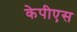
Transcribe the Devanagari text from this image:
केपीएस